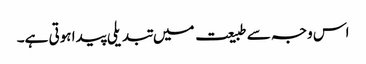
اس وجہ سے طبیعت میں تبدیلی پیدا ہوتی ہے۔